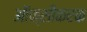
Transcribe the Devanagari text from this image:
ऑक्सीकरक